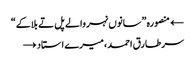
← منصورہ ”سانوں نہر والے پل تے بلاکے“
سر طارق احمد، میرے استاد →